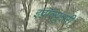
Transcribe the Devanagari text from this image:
इवॉल्यूश्नरी